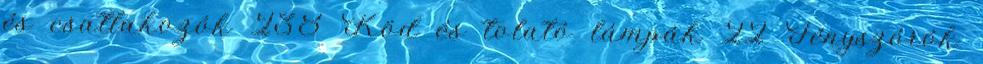
és csatlakozók 238 Köd és tolató lámpák 22 Fényszórók